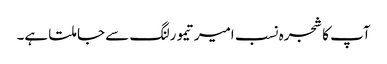
آپ کا شجرہ نسب امیرتیمورلنگ سے جا ملتا ہے۔